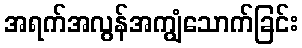
အရက်အလွန်အကျွံသောက်ခြင်း